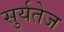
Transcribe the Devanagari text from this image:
सुर्यतेज